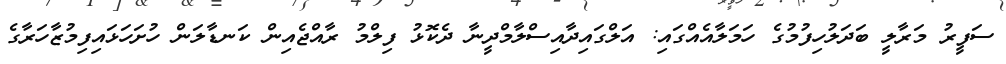
ސަފީރު މަރާލީ ބަދަލުހިފުމުގެ ހަމަލާއެއްގައި: އަލްގައިދާއިސްލާމްދީނާ ދެކޮޅު ފިލްމު ރާއްޖެއިން ކަނޑާލަން ހުށަހަޅައިފިމުޒާހަރާގެ